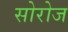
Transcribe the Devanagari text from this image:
सोरोज